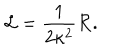
LaTeX: \mathcal { L } = \frac { 1 } { 2 \kappa ^ { 2 } } \mathcal { R } .